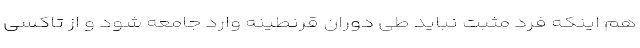
هم اینکه فرد مثبت نباید طی دوران قرنطینه وارد جامعه شود و از تاکسی